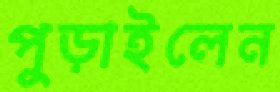
পুড়াইলেন